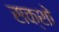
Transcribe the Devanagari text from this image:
सक्शो